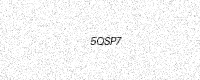
Text: 5QSP7